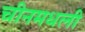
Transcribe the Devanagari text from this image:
चीनमधली